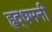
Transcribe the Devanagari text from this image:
हृद्‌धमनी